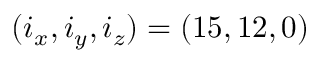
( i _ { x } , i _ { y } , i _ { z } ) = ( 1 5 , 1 2 , 0 )